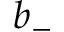
b _ { - }